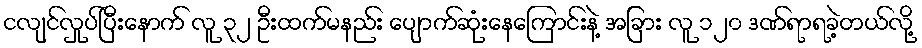
ငလျင်လှုပ်ပြီးနောက် လူ ၃၂ ဦးထက်မနည်း ပျောက်ဆုံးနေကြောင်းနဲ့ အခြား လူ ၁၂၀ ဒဏ်ရာရခဲ့တယ်လို့